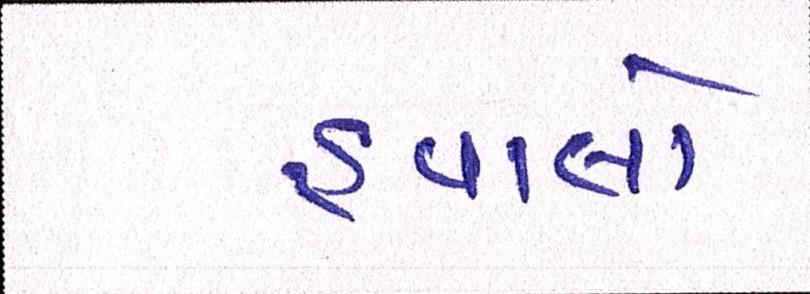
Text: હવાલો